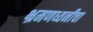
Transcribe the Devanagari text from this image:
भ्रमणध्वनीचा